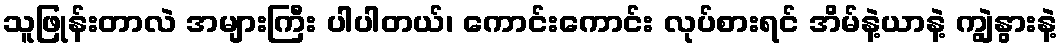
သူဖြုန်းတာလဲ အများကြီး ပါပါတယ်၊ ကောင်းကောင်း လုပ်စားရင် အိမ်နဲ့ယာနဲ့ ကျွဲနွားနဲ့